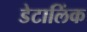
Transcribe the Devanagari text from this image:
डेटालिंक